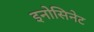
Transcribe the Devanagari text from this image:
इनोसिनेट